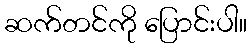
ဆက်တင်ကို ပြောင်းပါ။